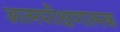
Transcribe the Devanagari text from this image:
आत्मपरीक्षणात्मक